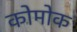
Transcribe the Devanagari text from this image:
कोमोक